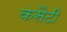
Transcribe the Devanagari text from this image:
कसैटी